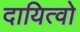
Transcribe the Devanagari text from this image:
दायित्वो